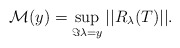
\begin{align*}\mathcal{M}(y)=\sup_{\Im{\lambda}=y}||R_{\lambda}(T)||.\end{align*}